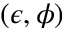
( \epsilon , \phi )